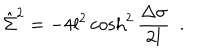
LaTeX: \hat { \Sigma } ^ { 2 } = - 4 l ^ { 2 } \cosh ^ { 2 } { \frac { \Delta \sigma } { 2 l } } ~ ~ .